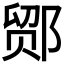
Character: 𬪍